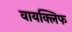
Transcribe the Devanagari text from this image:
वायक्लिफ